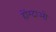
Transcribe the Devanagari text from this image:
होंग्दाओ